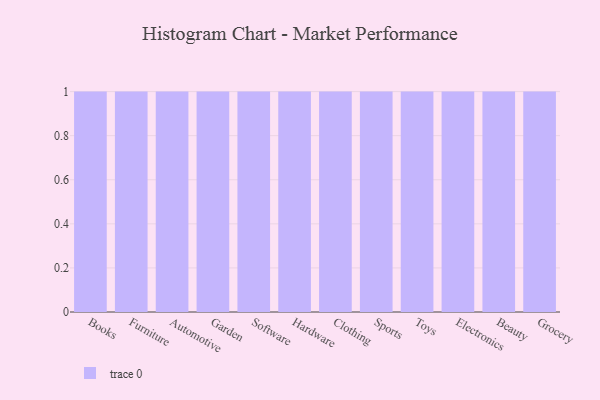
{"axis": {"x": "Category", "y": "Conversion Rate (%)"}, "legend": [""], "data": [{"x": "Books", "y": 79, "type": ""}, {"x": "Furniture", "y": 21, "type": ""}, {"x": "Automotive", "y": 51, "type": ""}, {"x": "Garden", "y": 77, "type": ""}, {"x": "Software", "y": 91, "type": ""}, {"x": "Hardware", "y": 90, "type": ""}, {"x": "Clothing", "y": 62, "type": ""}, {"x": "Sports", "y": 5, "type": ""}, {"x": "Toys", "y": 48, "type": ""}, {"x": "Electronics", "y": 33, "type": ""}, {"x": "Beauty", "y": 43, "type": ""}, {"x": "Grocery", "y": 67, "type": ""}]}